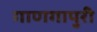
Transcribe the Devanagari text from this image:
गाणगापुरी